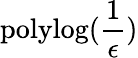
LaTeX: \mathrm{polylog}(\frac{1}{\epsilon})